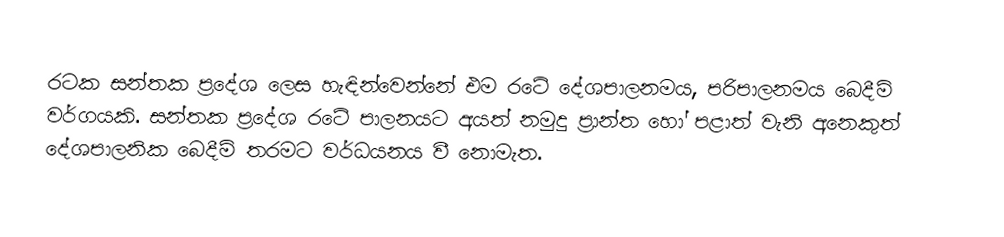
රටක සන්තක ප්‍රදේශ ලෙස හැඳින්වෙන්නේ එම රටේ දේශපාලනමය, පරිපාලනමය බෙදීම් වර්ගයකි. සන්තක ප්‍රදේශ රටේ පාලනයට අයත් නමුදු ප්‍රාන්ත හෝ පළාත් වැනි අනෙකුත් දේශපාලනික බෙදීම් තරමට වර්ධයනය වී නොමැත.